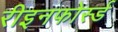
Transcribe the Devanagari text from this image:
रीइनफोर्स्ड